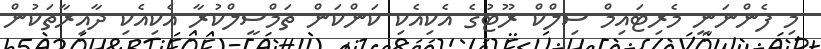
މި ފެންނަނީ މެރިޓައިމް ސިލްކް ރޫޓުގެ އެކިއެކި ކަންކަން ތަމްސީލްކުރާ އެކިއެކި ދާއިރާތަކުން